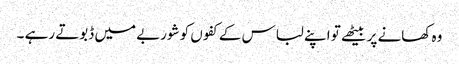
وہ کھانے پر بیٹھے تو اپنے لباس کے کفوں کو شوربے میں ڈبوتے رہے ۔